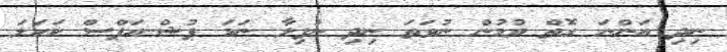
ނިދި އަންނަ ގޮތް ވުމުން ނުވަތަ ނިދި ނުފިލާ ނަމަ ޕުޝް-އަޕްސް ކަހަލަ